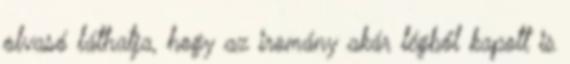
olvasó láthatja, hogy az iromány akár légből kapott is